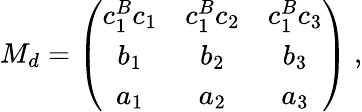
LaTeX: M_{d}=\left(\begin{array}{ccc}{{c_{1}^{B}c_{1}}}&{{c_{1}^{B}c_{2}}}&{{c_{1}^{B}c_{3}}}\\ {{b_{1}}}&{{b_{2}}}&{{b_{3}}}\\ {{a_{1}}}&{{a_{2}}}&{{a_{3}}}\end{array}\right)\ ,